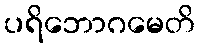
ပရိဘောဂမေတိ